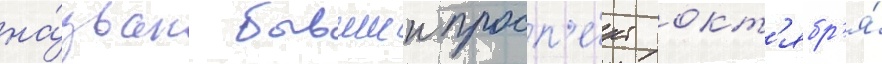
на́зван бывшии просп'е́кт окт'ябр'я́